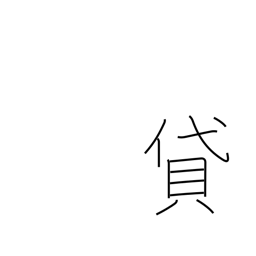
Meaning: lend